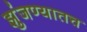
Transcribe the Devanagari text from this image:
झुंजण्यातच